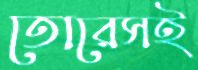
তোরেসই